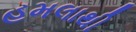
હમલાથી